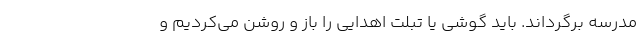
مدرسه برگرداند. باید گوشی یا تبلت اهدایی را باز و روشن می‌کردیم و